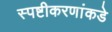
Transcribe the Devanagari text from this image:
स्पष्टीकरणांकडे